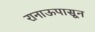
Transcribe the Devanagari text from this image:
रानाऊपासून